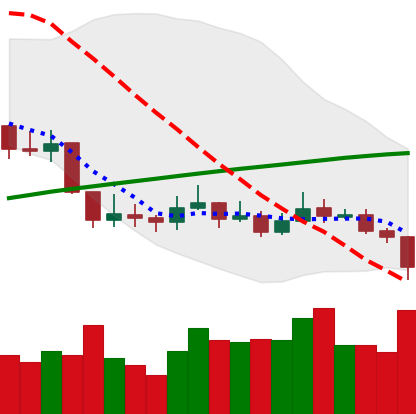
Ticker: LINK-USD
Chart end date: 2019-09-13
Forward return: 14.478%
Label: up_7plus